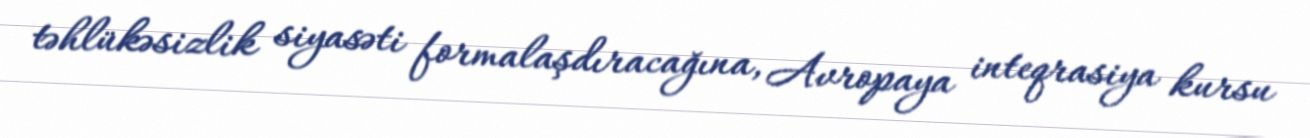
təhlükəsizlik siyasəti formalaşdıracağına, Avropaya inteqrasiya kursu